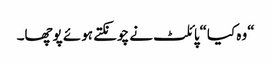
“وہ کیا“پائلٹ نے چونکتے ہوئے پوچھا۔